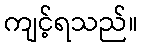
ကျင့်ရသည်။